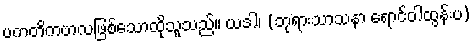
ပကတိကဗာလဖြစ်သောထိုသူသည်။ ယဒါ၊ (ဘုရားသာသနာ ရောင်ဝါထွန်းပ)